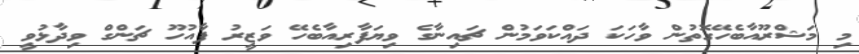
މި މަޝްރޫއާބެހޭގޮތުން ވާހަކަ ދައްކަވަމުން ޗައިނާގެ ވިޔަފާރިއާބެހޭ ވަޒީރު ފާއުހޫ ޗަންގް ވިދާޅުވީ